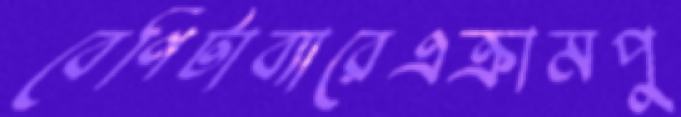
বেণিটাব্যারেএক্রামপু